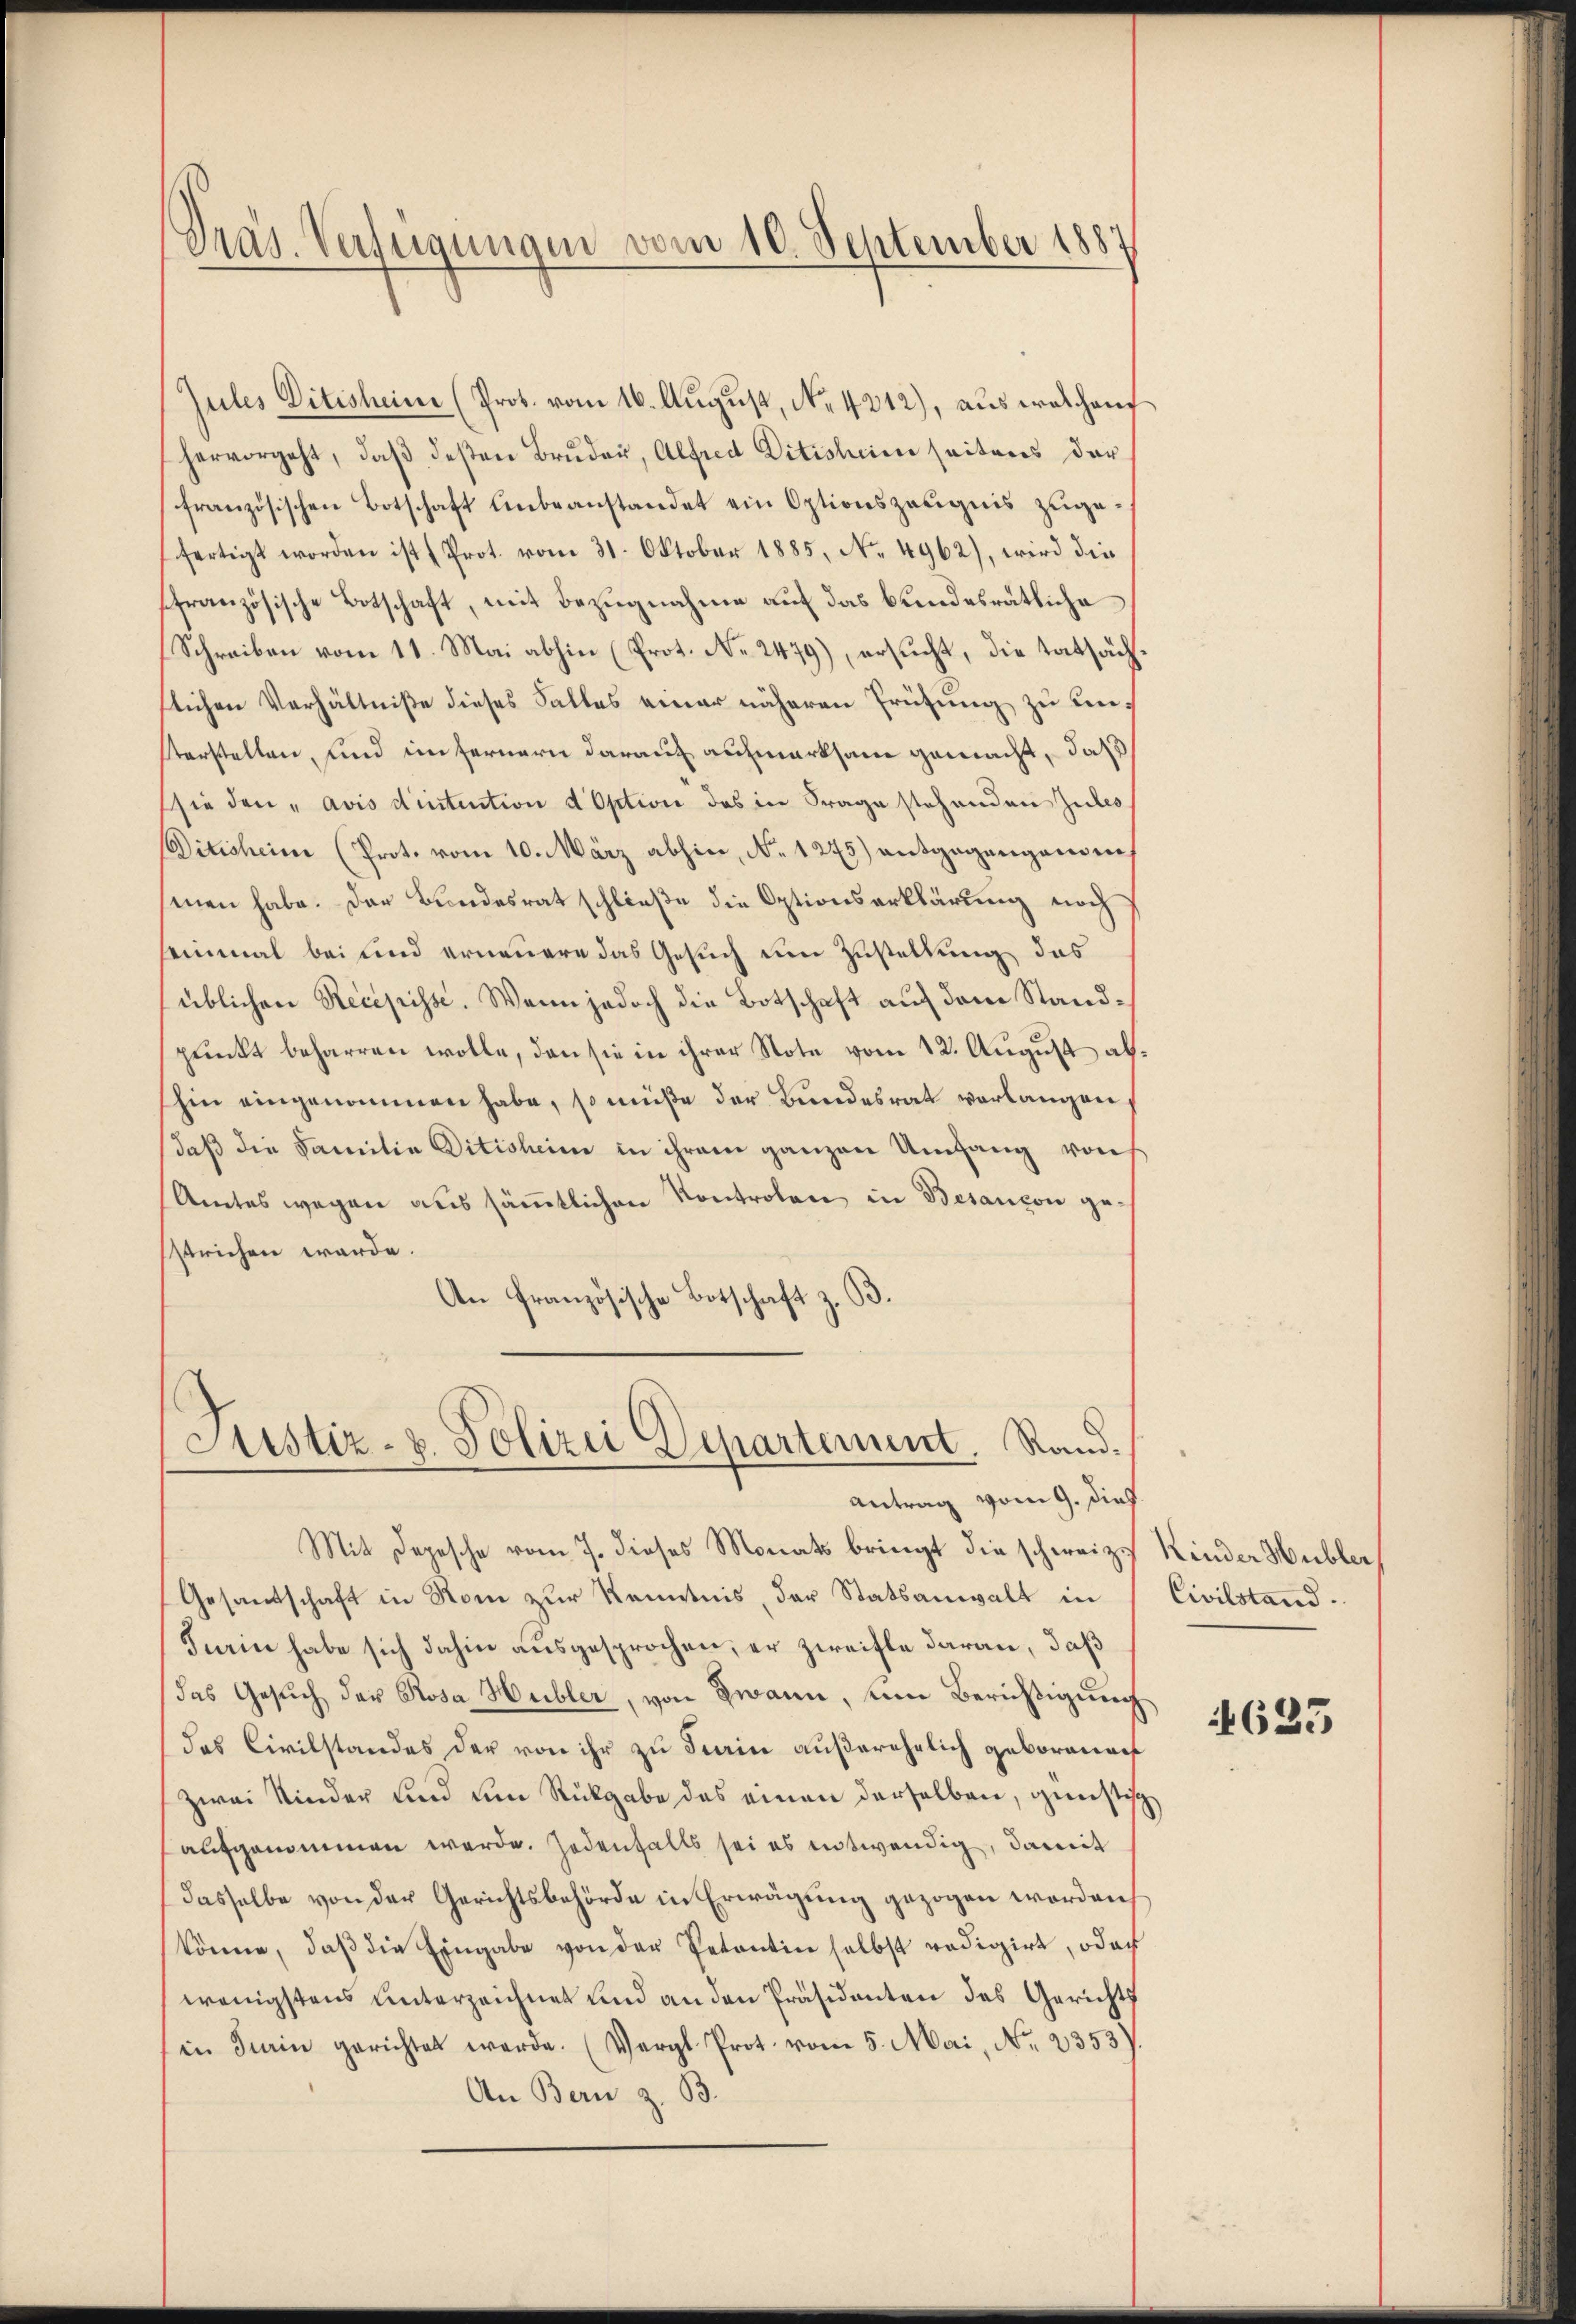
Präs. Verfügungen vom 10. September 1887

Jules Ditischeine (Prot. vom 16. August, No. 4212), aus welchen
hervorgeht, daβ deßen Brŭder, Alfred Ditisheim seitens der
französischen Botschaft unbeanstandet ein Optionszeugnis zugefertigt worden ist (Prot. vom 31. Oktober 1885, No. 4962), wird die
französische Botschaft, mit Bezugnahme auf das bundesrätliche
Schreiben vom 11. Mai abhin (Prot. No. 2479), ersucht, die tatsächtlichen Verhältniße dieses Falles einer näheren Prüfung zu unsterstellen, und im fernern darauf aufmerksam gemacht, daß
sie den „avis dintention d Option das in Frage stehenden Zules
Ditischein (Prot. vom 10. März abhin, No 1275) entgegangenden
smen habe. Der Bundesrat schließe die Optionserklärung noch
einmal bei und ernennere das Gesuch um Zustellung des
üblichen Recepisse. Wenn jedoch die Botschaft auf dem Standpunkt beharren wolle, den sie in ihrer Note vom 12. August ab¬
Ein eingenommen habe, so müße der Bundesrat verlangen
daß die Familie Ditisheim in ihrem ganzen Umfang von
Amtes wegen aus sämmtlichen Kontrolen in Besançon gestrichen werde.
An Französische Botschaft z. B.

Justiz- & Polizei Departement. Rand¬
Antrag vom 9. dies

Mit Depesche vom 7. dieses Monats bringt die schweizes Kinder Hubler
Gesandtschaft in Rom zur Kenntnis, der Statsanwalt in Civilstand.
Furin habe sich dahin ausgesprochen, er zweifle daran, daß
das Gesŭch der Rosa Hubler, von Zwann, um Berichtigung
das Civilstandes der von ihr zu sein außerehelich geborenaf
zwei Kinder und um Rückgabe des einen derselben, günstisch
aufgenommen werde. Jedenfalls sei es entwendig, damit
dasselbe von der Gerichtsbehörde in Erwägung gezogen worden,
könne, daβ die Eingabe von der Petentin selbst redigirt, oder
wenigstens unterzeichnet und an den Präsidenten des Gerichts
in Turin gerichtet werde. (Vergl. Prot. vom 5. Mai, Nr. 2353)
An Bern z. B.

4623